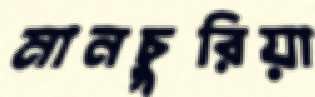
মানচুরিয়া